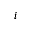
i